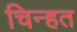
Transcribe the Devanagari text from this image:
चिन्हत